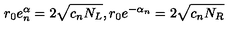
r _ { 0 } e _ { n } ^ { \alpha } = 2 \sqrt { c _ { n } N _ { L } } , r _ { 0 } e ^ { - \alpha _ { n } } = 2 \sqrt { c _ { n } N _ { R } }